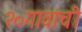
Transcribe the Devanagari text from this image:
२०गावांची